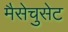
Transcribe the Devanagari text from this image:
मैसेचुसेट